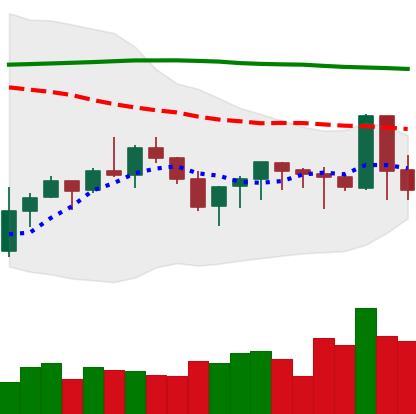
Ticker: XMR-USD
Chart end date: 2019-09-20
Forward return: -19.11%
Label: down_7plus